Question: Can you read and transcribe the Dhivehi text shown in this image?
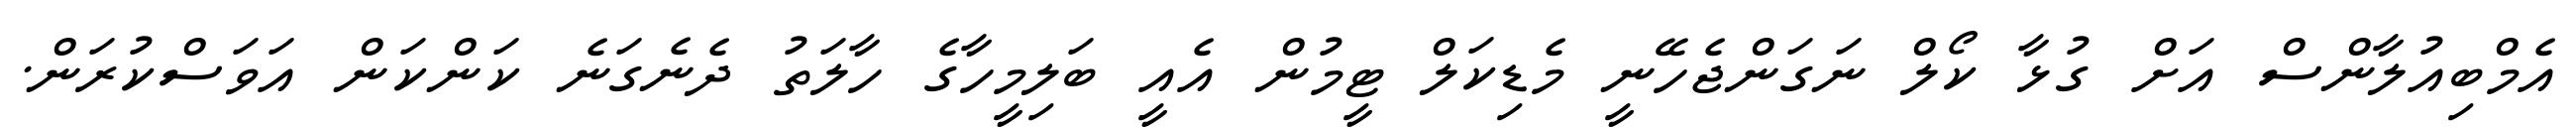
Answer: އެމްބިއުލާންސް އަށް ގުޅާ ކޯލް ނަގަންޖެހޭނީ މެޑިކަލް ޓީމުން އެއީ ބަލިމީހާގެ ހާލަތު ދެނެގަނެ ކަންކަން އަވަސްކުރަން.